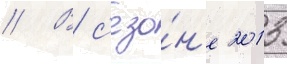
// В с'езо́н'е 2013